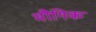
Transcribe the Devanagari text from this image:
भौगिक